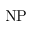
\mathrm { N P }